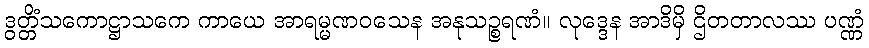
ဒွတ္တိံသကောဋ္ဌာသကေ ကာယေ အာရမ္မဏဝသေန အနုသဉ္စရဏံ။ လုဒ္ဒေန အာဒိမှိ ဌိတတာလဿ ပဏ္ဏံ